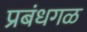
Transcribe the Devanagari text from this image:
प्रबंधगळ